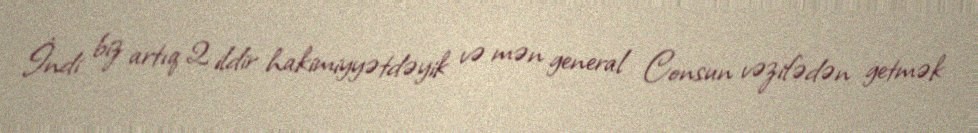
İndi biz artıq 2 ildir hakimiyyətdəyik və mən general Consun vəzifədən getmək